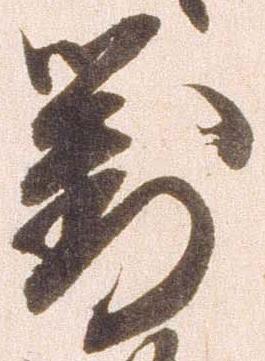
対